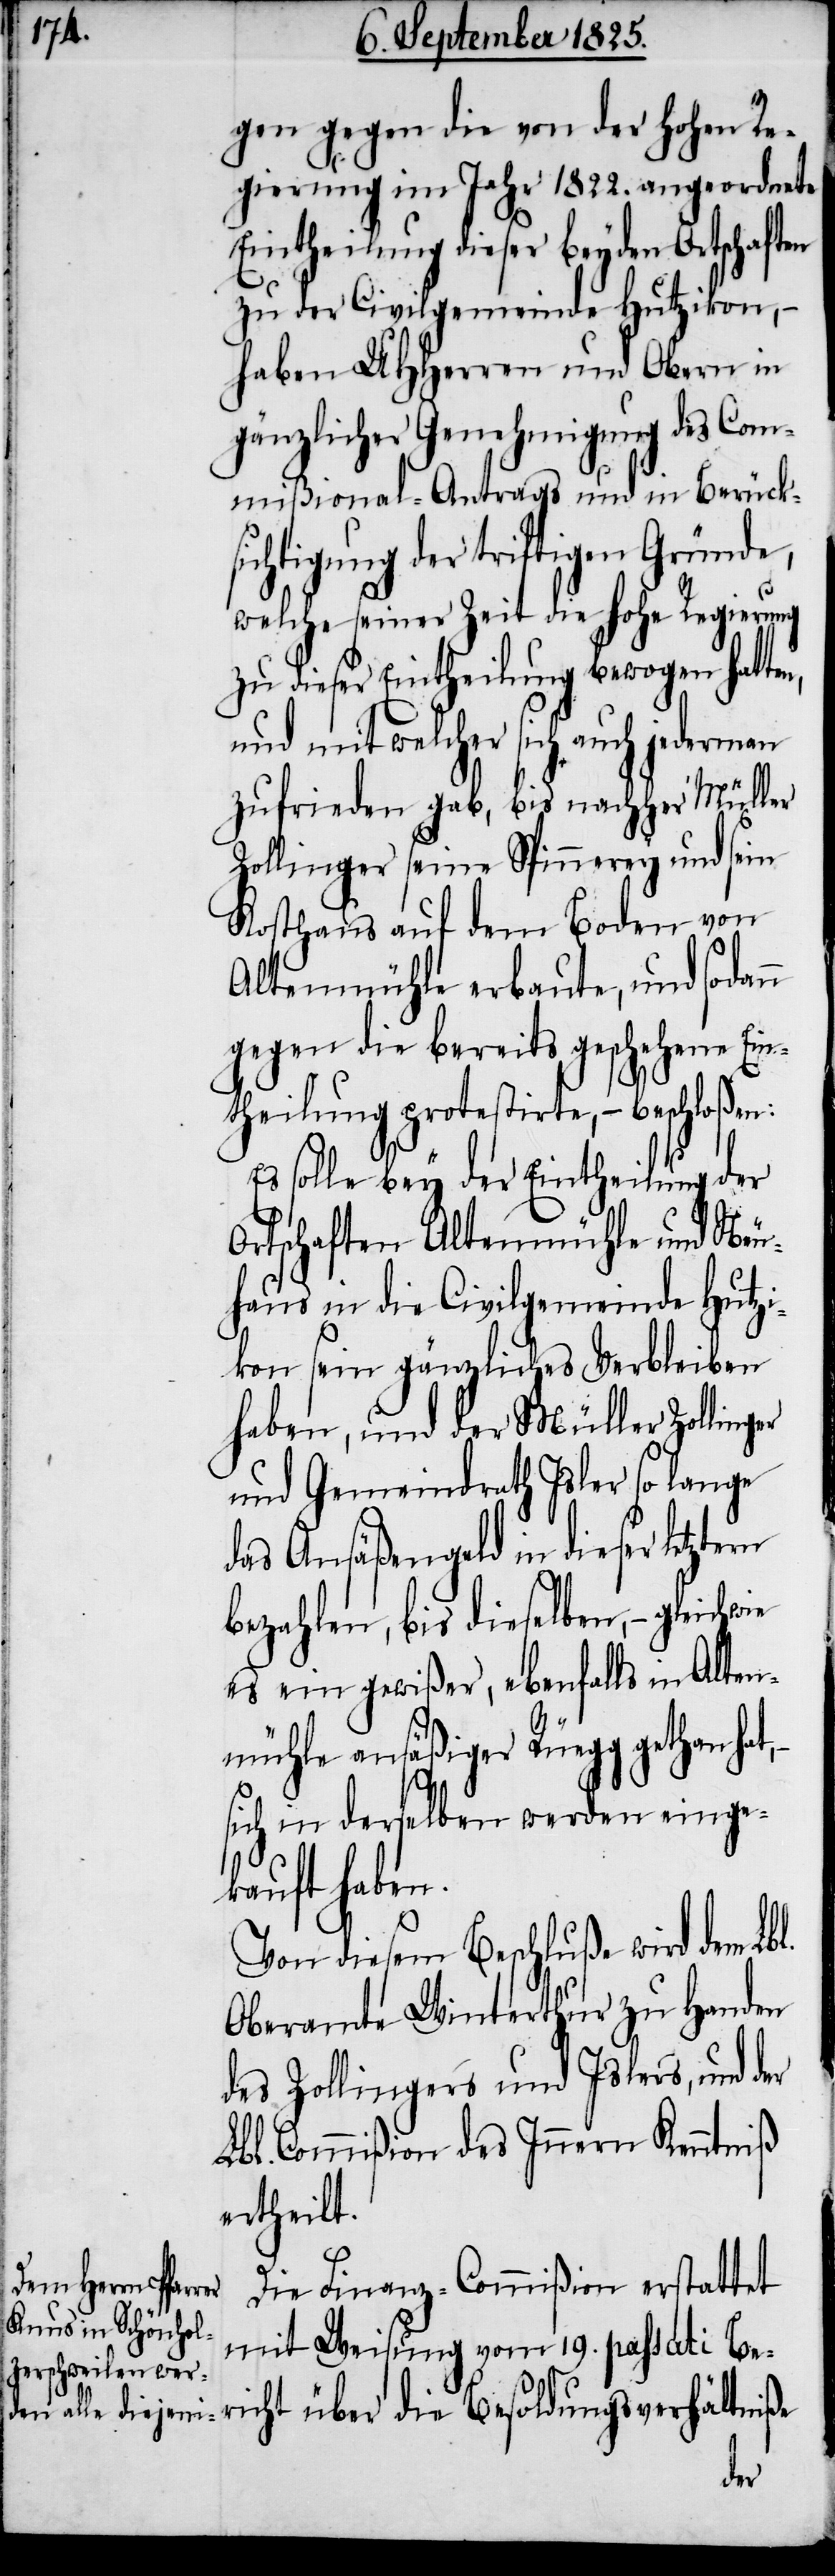
gen gegen die von der hohen Re¬
gierung im Jahr 1822. angeordnete
Eintheilung dieser beyden Ortschaft¬
zu der Civilgemeinde Hutzikon, –
haben UHHerren und Obern in
gänzlicher Genehmigung des Com¬
mißional-Antrags und in Berück¬
sichtigung der triftigen Gründe,
welche seiner Zeit die hohe Regierung
zu dieser Eintheilung bewogen hat¬
und mit welcher sich auch jederm¬
zufrieden gab, bis nachher Müller
Zollinger seine Spinnerey und sein
Kosthaus auf dem Boden von
Altenmühle erbaute, und sodann
gegen die bereits geschehene Ein¬
theilung protestirte, – beschloßen:
Es solle bey der Eintheilung der
Ortschaften Altenmühle und Neu¬
haus in die Civilgemeinde Hutzi¬
kon sein gänzliches Verbleiben
haben, und der Müller Zollinger
und Gemeindrath Isler so lange
das Ansäßgeld in dieser letztern
bezahlen, bis dieselben, –
es ein gewißer, ebenfalls in Alten¬
mühle ansäßiger Rüegg gethan hat,
sich in derselben werden einge¬
richt über
Von diesem Beschluße wird dem Lbl.
Oberamte Winterthur zu Handen
des Zollingers und Islers, und der
Lbl. Commißion des Innern Kenntniß
ertheilt.
Die Finanz-Commißion erstattet
mit Weisung vom 19. passati Be¬
die